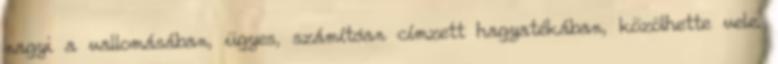
nagyi a vallomásában, ügyes, számítóan címzett hagyatékában, közölhette vele.